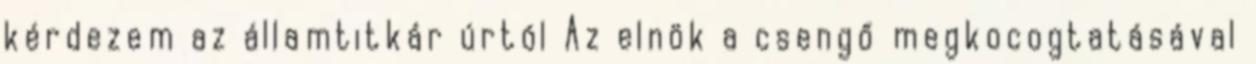
kérdezem az államtitkár úrtól Az elnök a csengő megkocogtatásával